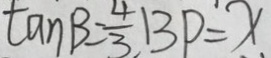
\tan B = \frac { 4 } { 3 } B P = x